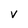
Character: v